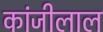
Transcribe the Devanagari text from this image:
कांजीलाल